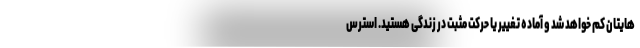
هایتان کم خواهد شد و آماده تغییر یا حرکت مثبت در زندگی هستید. استرس